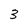
Character: 3